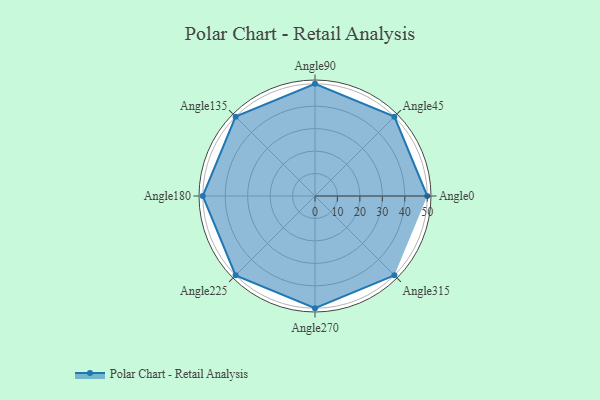
{"axis": {"x": "Angle", "y": "Radius"}, "legend": [""], "data": [{"x": "Angle0", "y": 50.0, "type": ""}, {"x": "Angle45", "y": 50, "type": ""}, {"x": "Angle90", "y": 50, "type": ""}, {"x": "Angle135", "y": 50, "type": ""}, {"x": "Angle180", "y": 50, "type": ""}, {"x": "Angle225", "y": 50, "type": ""}, {"x": "Angle270", "y": 50, "type": ""}, {"x": "Angle315", "y": 50, "type": ""}]}